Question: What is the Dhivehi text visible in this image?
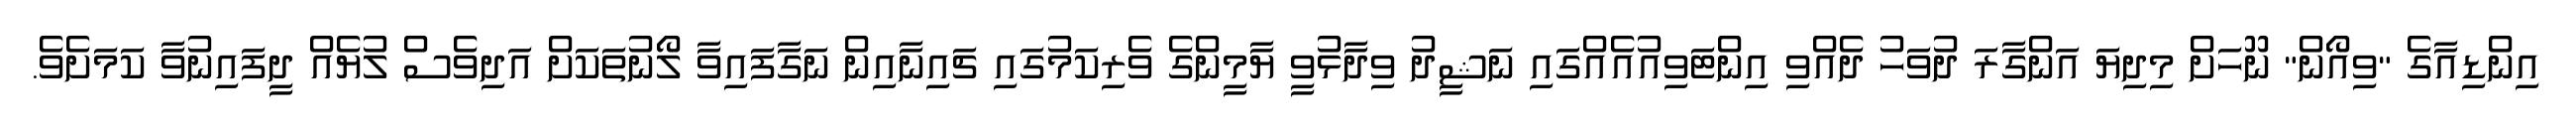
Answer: އިންޑިއާގެ "ވިއޯން" ނޫހަށް މިދިޔަ އަންގާރަ ދުވަހު ދެއްވި އިންޓަވިއުއެއްގައި ނަޝީދު ވިދާޅުވީ ޔާމީންގެ ވެރިކަމުގައި ޗައިނާއިން ނަގާފައިވާ ލޯނުތަކަށް އަދިވެސް ލުޔެއް ދީފައިނުވާ ކަމަށެވެ.